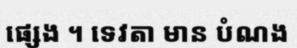
ផ្សេង ។ ទេវតា មាន បំណង